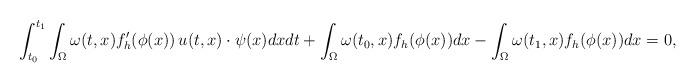
LaTeX: \begin{align*}\int_{t_0}^{t_1} \int_{\Omega} \omega(t,x) f_h'(\phi(x))\, u(t,x)\cdot \psi(x) dxdt +\int_{\Omega} \omega(t_0,x) f_h(\phi(x)) dx - \int_{\Omega} \omega(t_1,x) f_h(\phi(x)) dx =0,\end{align*}